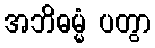
အဘိဓမ္မံ ပတွာ